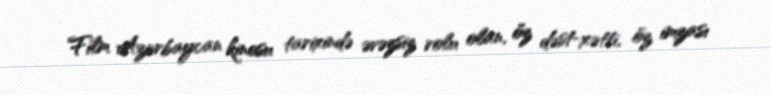
Film Azərbaycan kinosu tarixində əvəzsiz rolu olan, öz dəst-xətti, öz imzası